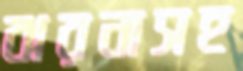
ঝরনাসহ